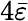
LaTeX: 4\bar{\varepsilon}